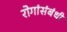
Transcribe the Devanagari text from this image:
रोगांसंबंधी